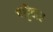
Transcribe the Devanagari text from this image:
पट्टिदार